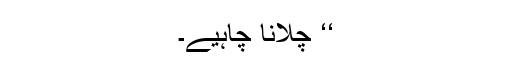
‘‘ چِلانا چاہیے۔